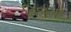
નિવાસી